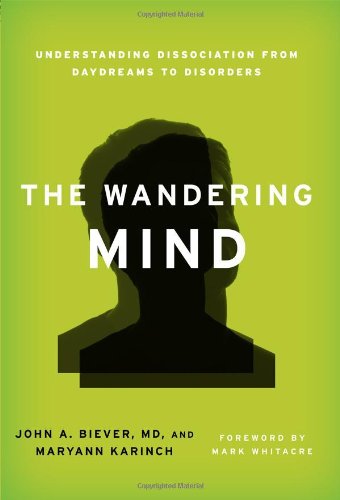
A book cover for The Wandering Mind: Understanding Dissociation from Daydreams to Disorders; John A., M.D. Biever; Health, Fitness & Dieting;